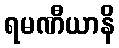
ရမဏီယာနိ